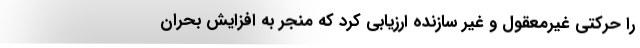
را حرکتی غیرمعقول و غیر سازنده ارزیابی کرد که منجر به افزایش بحران